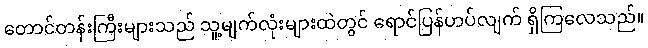
တောင်တန်းကြီးများသည် သူ့မျက်လုံးများထဲတွင် ရောင်ပြန်ဟပ်လျက် ရှိကြလေသည်။